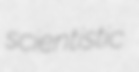
scientistic